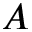
\boldsymbol { A }